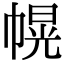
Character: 幌